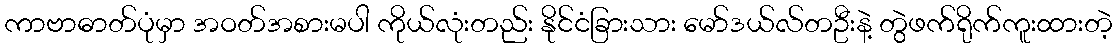
ကာဗာဓာတ်ပုံမှာ အဝတ်အစားမပါ ကိုယ်လုံးတည်း နိုင်ငံခြားသား မော်ဒယ်လ်တဦးနဲ့ တွဲဖက်ရိုက်ကူးထားတဲ့